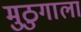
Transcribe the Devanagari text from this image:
मुठुगाला